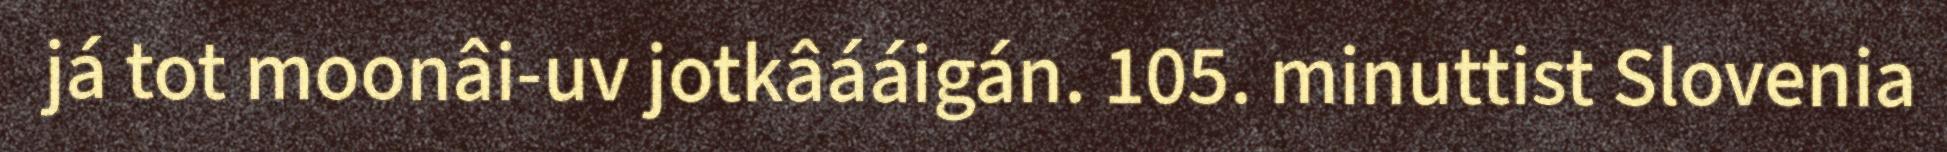
já tot moonâi-uv jotkâááigán. 105. minuttist Slovenia